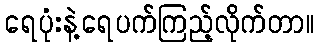
ရေပုံးနဲ့ရေပက်ကြည့်လိုက်တာ။